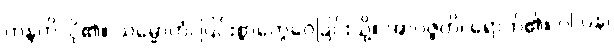
ကန္ဒတိ၊ ငို၏။ သမ္မောဟံ၊ ပြင်းစွာတွေဝေခြင်းသို့။ အာပဇ္ဇတိ၊ ရောက်၏။ ဝါ ပန၊